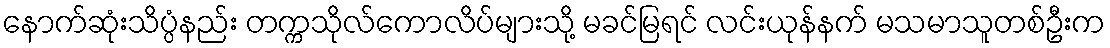
နောက်ဆုံးသိပ္ပံနည်း တက္ကသိုလ်ကောလိပ်များသို့ မခင်မြရင် လင်းယုန်နက် မသမာသူတစ်ဦးက